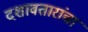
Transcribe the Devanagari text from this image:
दशावतारांचा